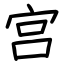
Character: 宫